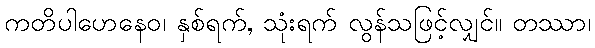
ကတိပါဟေနေဝ၊ နှစ်ရက်, သုံးရက် လွန်သဖြင့်လျှင်။ တဿာ၊